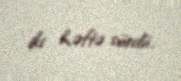
iki həftə sürdü.